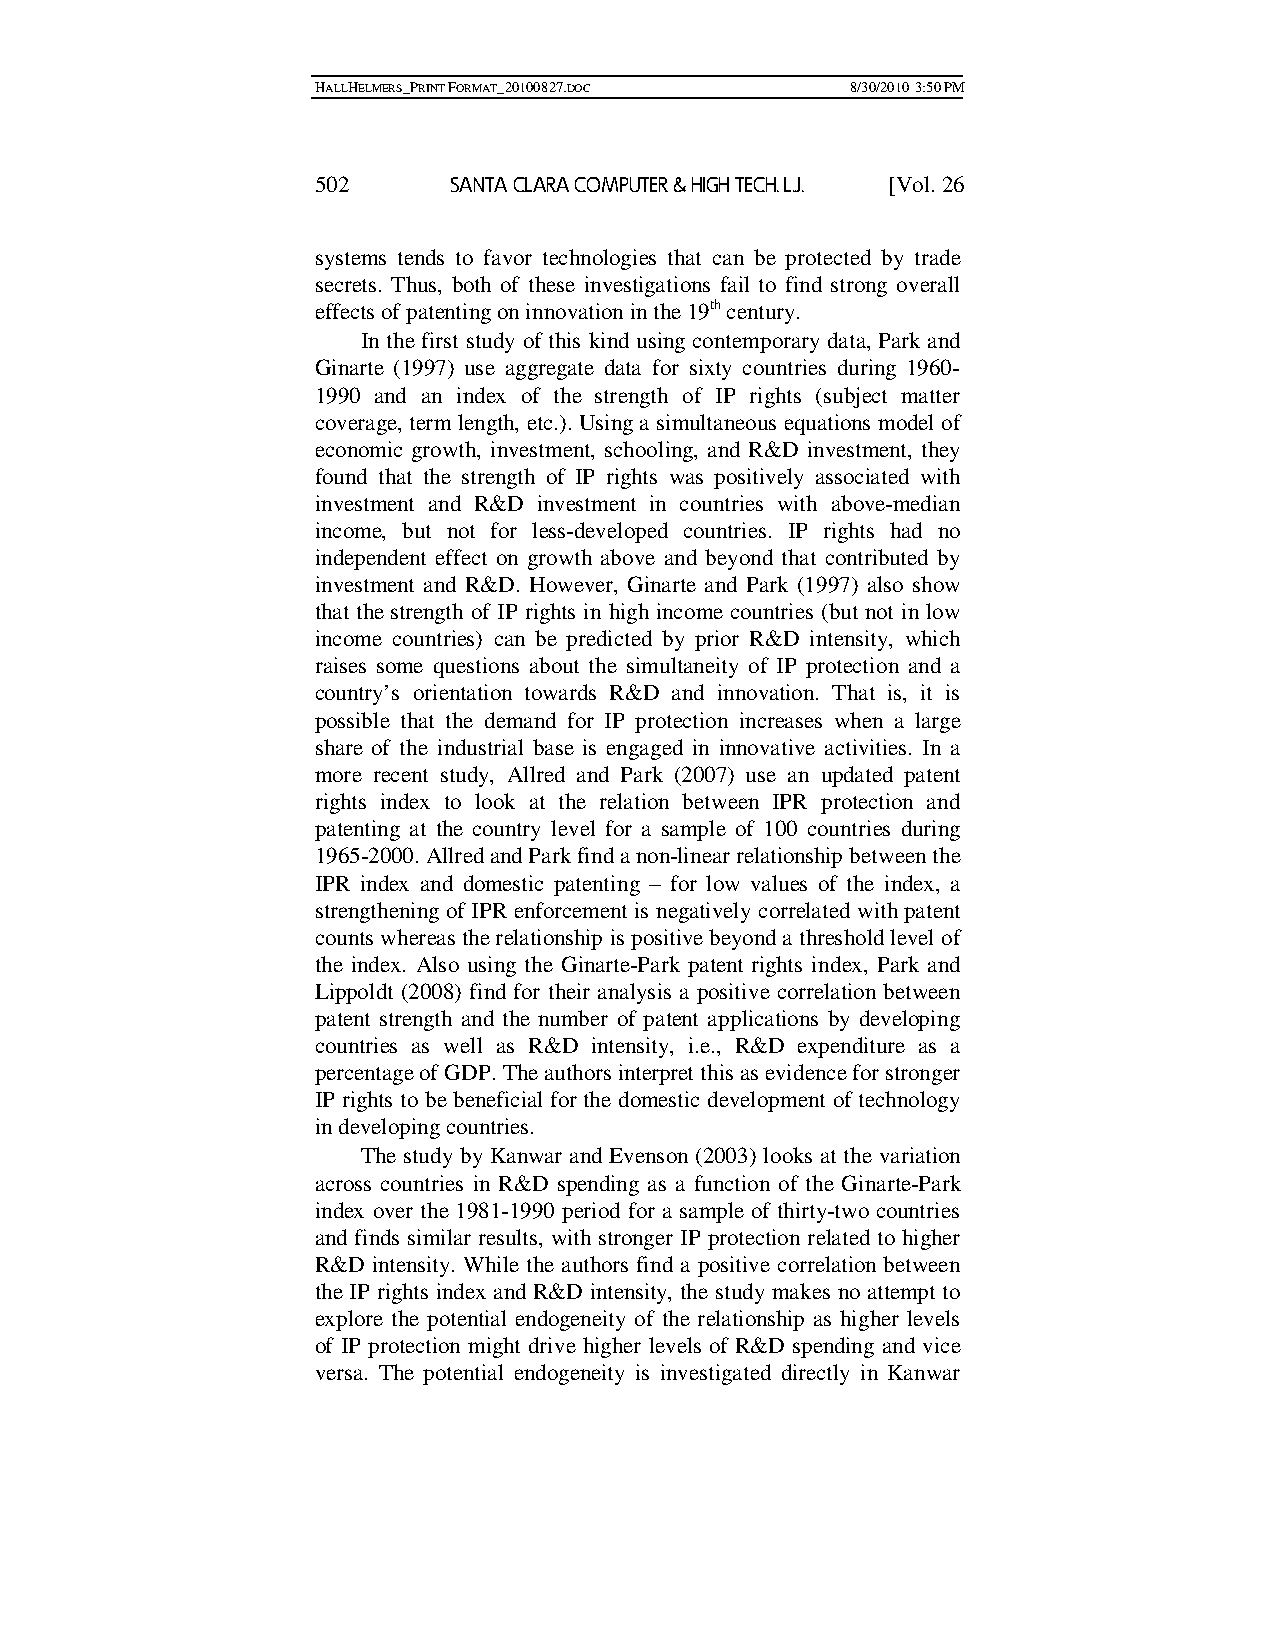
HALLHELMERS_PRINT FORMAT_20100827.DOC 8/30/2010 3:50 PM
 502      SANTA CLARA COMPUTER & HIGH TECH. L.J. [Vol. 26
 systems tends to favor technologies that can be protected by trade
 secrets. Thus, both of these investigations fail to find strong overall
 effects of patenting on innovation in the 19th century.
 In the first study of this kind using contemporary data, Park and
 Ginarte (1997) use aggregate data for sixty countries during 1960-
 1990 and an index of the strength of IP rights (subject matter
 coverage, term length, etc.). Using a simultaneous equations model of
 economic growth, investment, schooling, and R&D investment, they
 found that the strength of IP rights was positively associated with
 investment and R&D investment in countries with above-median
 income, but not for less-developed countries. IP rights had no
 independent effect on growth above and beyond that contributed by
 investment and R&D. However, Ginarte and Park (1997) also show
 that the strength of IP rights in high income countries (but not in low
 income countries) can be predicted by prior R&D intensity, which
 raises some questions about the simultaneity of IP protection and a
 country’s orientation towards R&D and innovation. That is, it is
 possible that the demand for IP protection increases when a large
 share of the industrial base is engaged in innovative activities. In a
 more recent study, Allred and Park (2007) use an updated patent
 rights index to look at the relation between IPR protection and
 patenting at the country level for a sample of 100 countries during
 1965-2000. Allred and Park find a non-linear relationship between the
 IPR index and domestic patenting – for low values of the index, a
 strengthening of IPR enforcement is negatively correlated with patent
 counts whereas the relationship is positive beyond a threshold level of
 the index. Also using the Ginarte-Park patent rights index, Park and
 Lippoldt (2008) find for their analysis a positive correlation between
 patent strength and the number of patent applications by developing
 countries as well as R&D intensity, i.e., R&D expenditure as a
 percentage of GDP. The authors interpret this as evidence for stronger
 IP rights to be beneficial for the domestic development of technology
 in developing countries.
 The study by Kanwar and Evenson (2003) looks at the variation
 across countries in R&D spending as a function of the Ginarte-Park
 index over the 1981-1990 period for a sample of thirty-two countries
 and finds similar results, with stronger IP protection related to higher
 R&D intensity. While the authors find a positive correlation between
 the IP rights index and R&D intensity, the study makes no attempt to
 explore the potential endogeneity of the relationship as higher levels
 of IP protection might drive higher levels of R&D spending and vice
 versa. The potential endogeneity is investigated directly in Kanwar